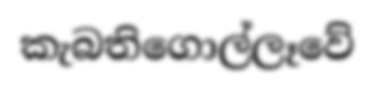
කැබතිගොල්ලෑවේ